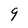
Character: 9